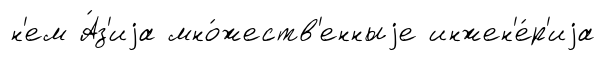
н'ем А́з'иjа мно́жеств'енныjе инжен'е́р'иjа